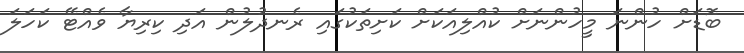
ބޮޑަށް ހުންނަ މީހުންނަށް ކުއްލިއަކަށް ކަށިތަކުގައި ރެނދުލުން އަދި ކިރިޔާ ވެއްޓޭ ކަހަލަ